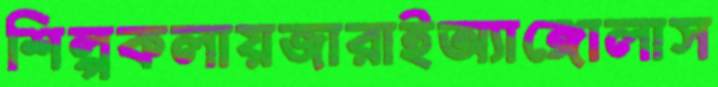
শিল্পকলায়জারাইঅ্যাঙ্গোলাস